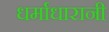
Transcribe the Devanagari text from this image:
धर्माधारानी